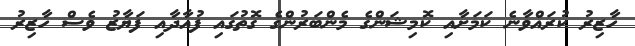
ހާޒިރު ކުރައްވާނެ ކަމަށާއި ކޮމިޝަންގެ މެންބަރުންގެ ގޮތުގައި ފުއާދާއި ފަޔާޒު ވެސް ހާޒިރު